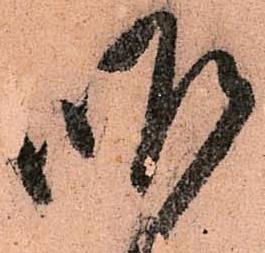
昨